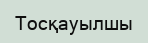
Тосқауылшы